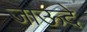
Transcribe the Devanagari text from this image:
जाऊदे